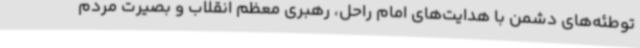
توطئه‌های دشمن با هدایت‌های امام راحل، رهبری معظم انقلاب و بصیرت مردم